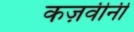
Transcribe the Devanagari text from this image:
कज़वीनी